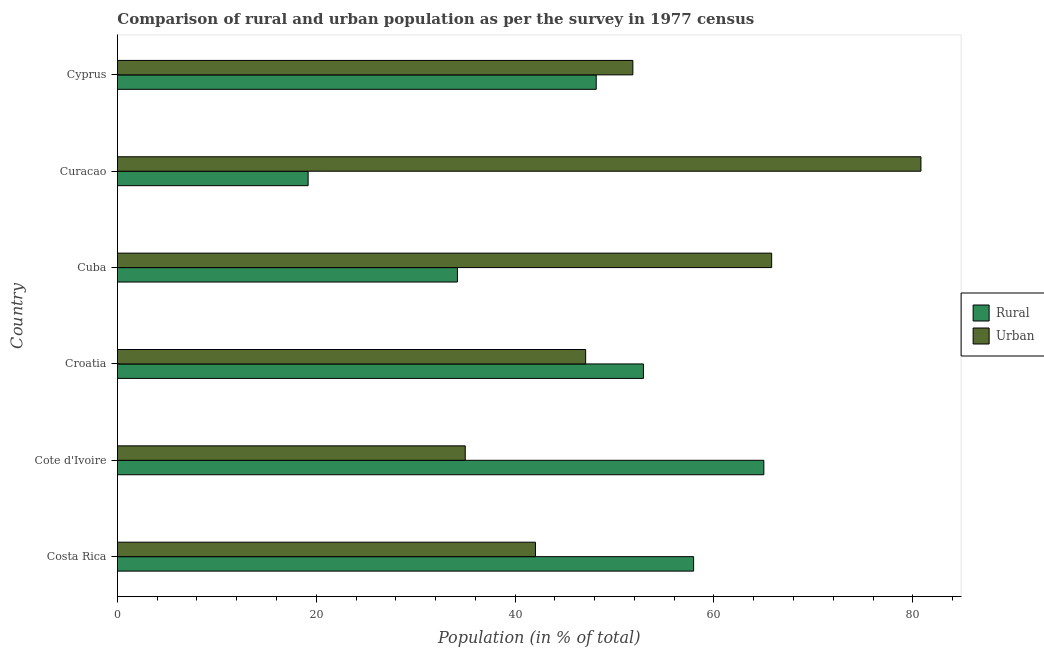
| Country | Rural | Urban |
 | --- | --- | --- |
 | Costa Rica | 58 | 42 |
 | Cote d'Ivoire | 65 | 35 |
 | Croatia | 52.9 | 47.1 |
 | Cuba | 34.2 | 65.8 |
 | Curacao | 19.2 | 80.8 |
 | Cyprus | 48.2 | 51.8 |